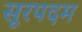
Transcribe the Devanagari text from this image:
सूरपदम